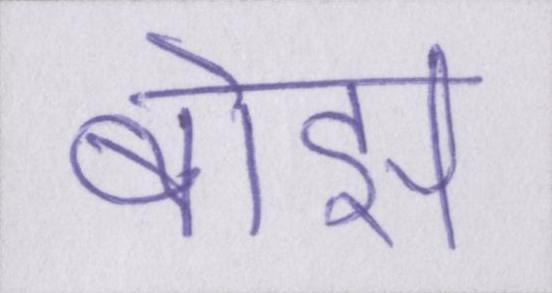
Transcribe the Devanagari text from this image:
बोझ